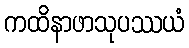
ကထိနာဖာသုပဿယံ